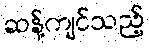
ဆန့်ကျင်သည့်